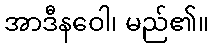
အာဒီနဝေါ၊ မည်၏။